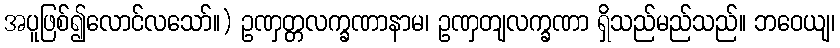
အပူဖြစ်၍လောင်လသော်။) ဥဏှတ္တလက္ခဏာနာမ၊ ဥဏှတျလက္ခဏာ ရှိသည်မည်သည်။ ဘဝေယျ၊